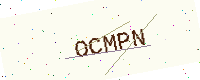
Text: OCMPN